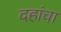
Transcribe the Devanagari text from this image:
दहांचा